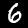
Label: 6